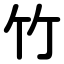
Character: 竹